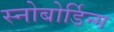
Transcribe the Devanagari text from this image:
स्नोबोर्डिन्ग